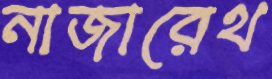
নাজারেথ